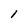
Character: l